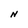
Character: N